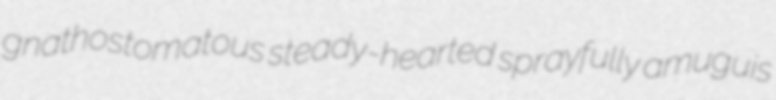
gnathostomatous steady-hearted sprayfully amuguis